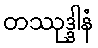
တဿုဒ္ဒါနံ